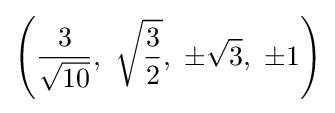
\left({\frac {3}{\sqrt {10}}},\ {\sqrt {3 \over 2}},\ \pm {\sqrt {3}},\ \pm 1\right)